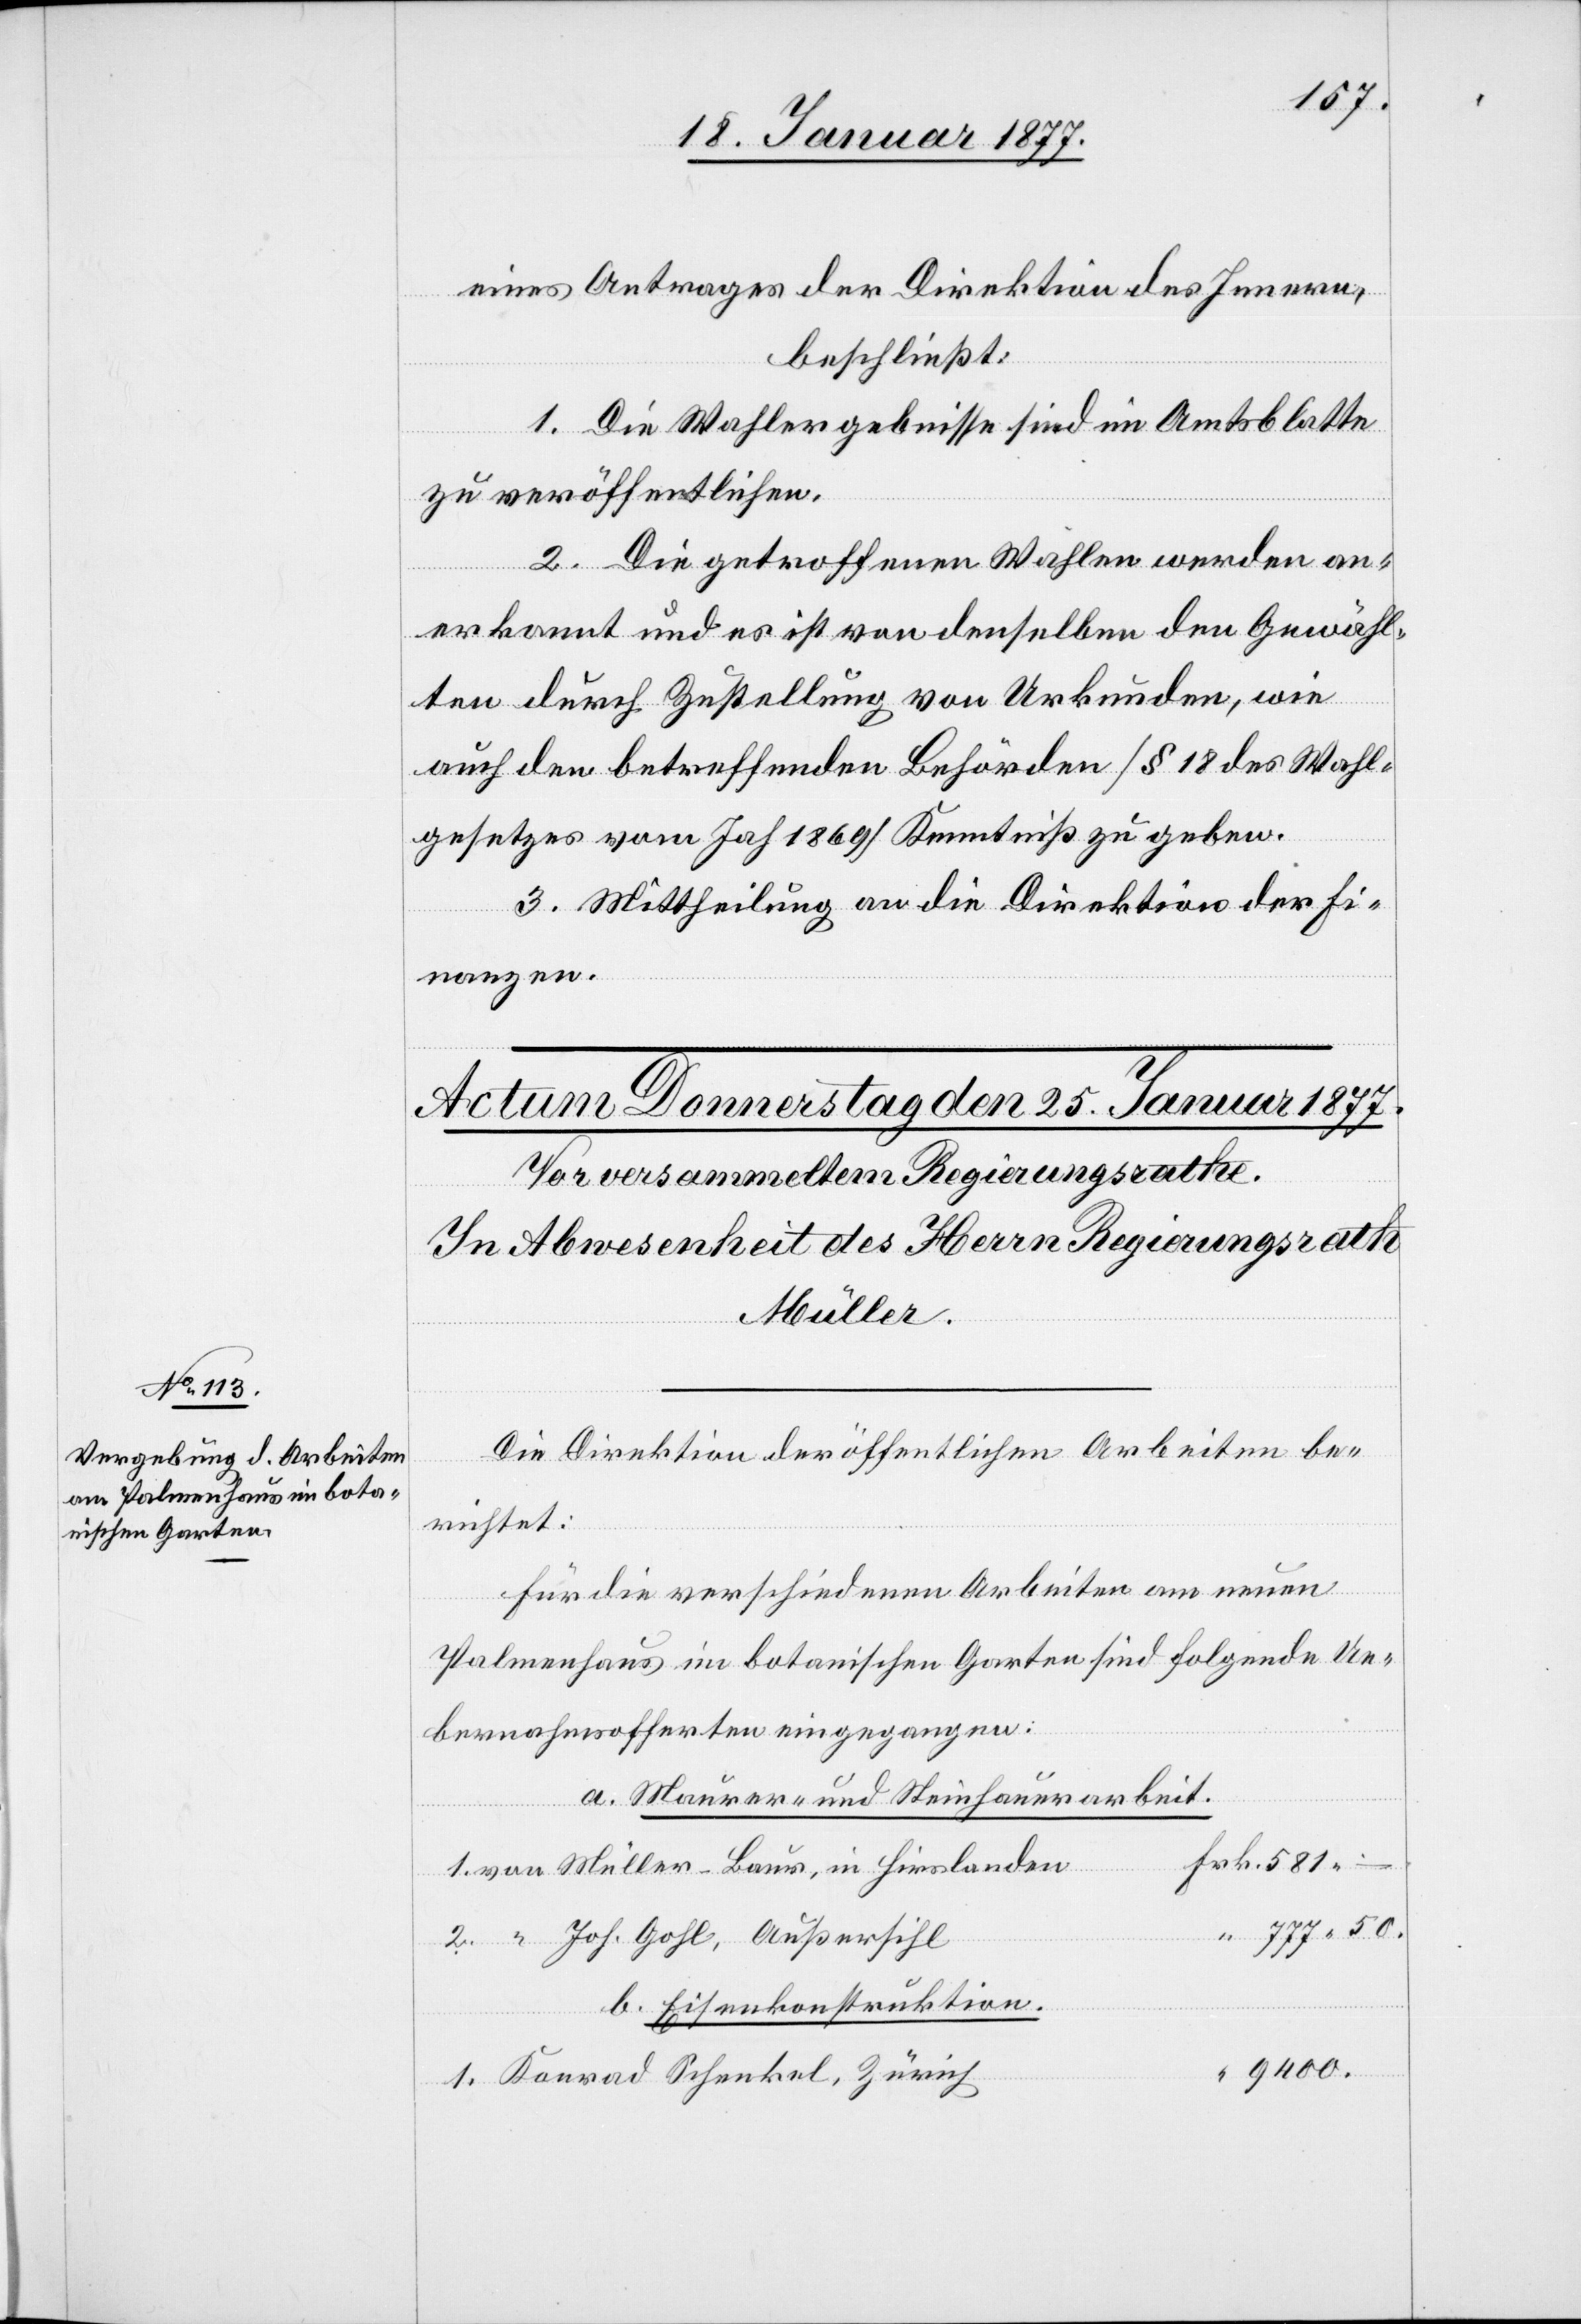
in

581.
eines Antrages der Direktion des Innern,
beschließt:
1. Die Wahlergebnisse sind im Amtsblatte
zu veröffentlichen.
2. Die getroffenen Wahlen werden an¬
erkannt und es ist von denselben den Gewähl¬
ten durch Zustellung von Urkunden, wie
auch den betreffenden Behörden [§ 18 des Wahl¬
gesetzes vom Jah[r] 1869] Kenntniß zu geben.
3. Mittheilung an die Direktion der Fi¬
nanzen.
Müller
Die Direktion der öffentlichen Arbeiten be¬
richtet:
Für die verschiedenen Arbeiten am neuen
Palmenhaus im botanischen Garten sind folgende Ue¬
bernahmsofferten eingegangen:
a. Maurer- und Steinhauerarbeit.
Joh. Gohl, Außersihl
b. Eisenkonstruktion.
9400.
Konrad Schenkel, Zürich